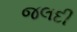
જલદી